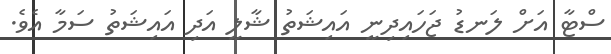
ސްޓާ އަށް ލަނޑު ޖަހައިދިނީ އައިޝަތު ޝާލީ އަދި އައިޝަތު ސަމާ އެވެ.